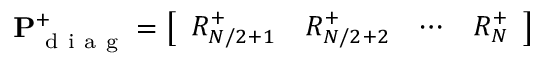
\mathbf { P } _ { \mathrm { ~ d ~ i ~ a ~ g ~ } } ^ { + } = \left[ \begin{array} { l l l l } { R _ { N / 2 + 1 } ^ { + } } & { R _ { N / 2 + 2 } ^ { + } } & { \cdots } & { R _ { N } ^ { + } } \end{array} \right]